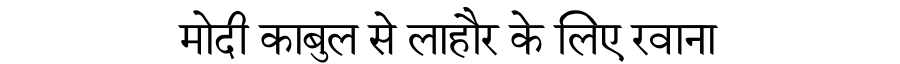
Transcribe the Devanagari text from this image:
मोदी काबुल से लाहौर के लिए रवाना